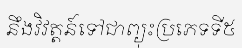
នឹងវិវត្តន៍ទៅជាព្យុះប្រភេទទី៥